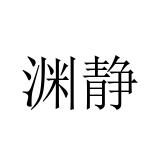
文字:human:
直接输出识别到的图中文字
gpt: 渊静